Insane asylums Bombay 1873-77 - 1873-1877
Year: 1873
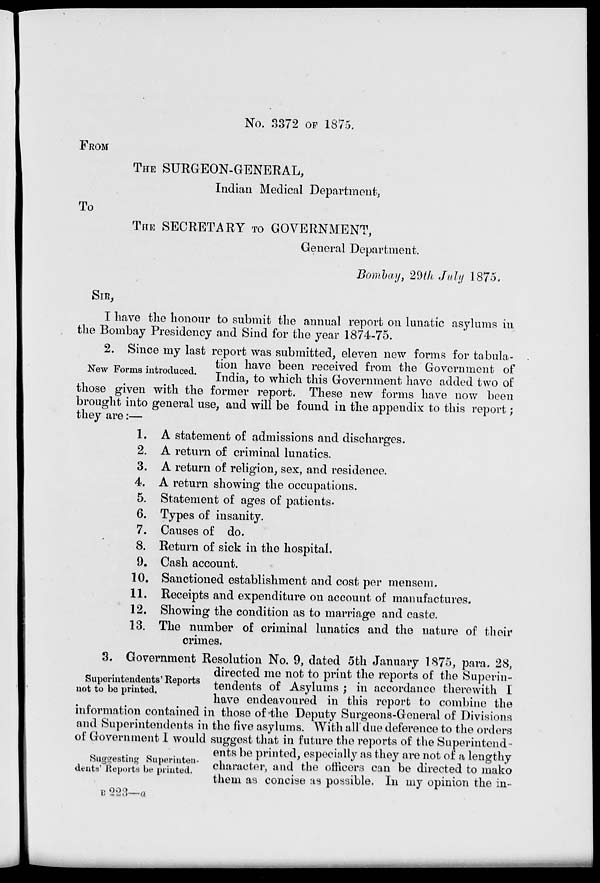
No. 3372 of 1875,
FROM
THE SURGEON-GENERAL,
Indian Medical Department;
To
THE SECRETARY TO GOVERNMENT,
General Department.
Bombay, 29th July 1875.
SIR,
I have the honour to submit the annual report on lunatic asylums in
the Bombay Presidency and Sind for the year 1874-75.
New Forms introduced.
2. Since my last report was submitted, eleven new forms for tabula-
tion have been received from the Government of
India, to which this Government have added two of
those given with the former report. These new forms have now been
brought into general use, and will be found in the appendix to this report;
they are:—
1. A statement of admissions and discharges.
2. A return of criminal lunatics.
3. A return of religion, sex, and residence.
4. A return showing the occupations.
5. Statement of ages of patients.
6. Types of insanity.
7. Causes of do.
8. Return of sick in the hospital.
9. Cash account.
10. Sanctioned establishment and cost per mensem.
11. Receipts and expenditure on account of manufactures.
12. Showing the condition as to marriage and caste.
13. The number of criminal lunatics and the nature of their
crimes.
Superintendents' Reports
not to be printed.
Suggesting Superinten-
dents' Reports be printed.
3. Government Resolution No. 9, dated 5th January 1875, para. 28,
directed me not to print the reports of the Superin-
tendents of Asylums ; in accordance therewith I
have endeavoured in this report to combine the
information contained in those of the Deputy Surgeons-General of Divisions
and Superintendents in the five asylums. With all due deference to the orders
of Government I would suggest that in future the reports of the Superintend-
ents be printed, especially as they are not of a lengthy
character, and the officers can be directed to mako
them as concise as possible. In my opinion the in-
B 223—a